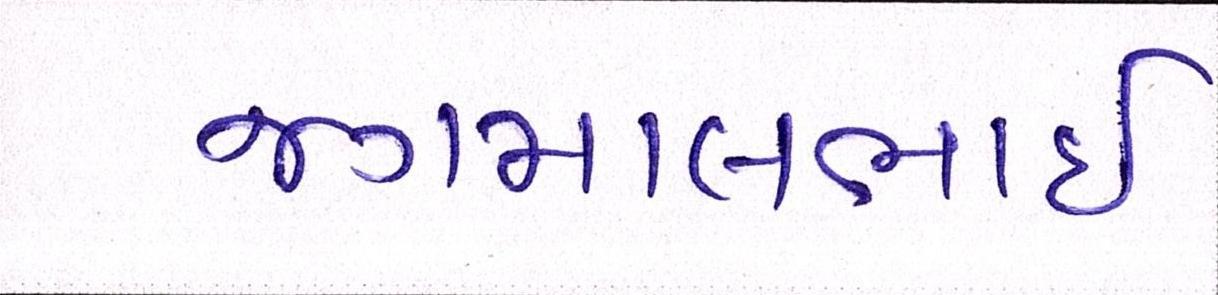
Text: જગમાલભાઇ